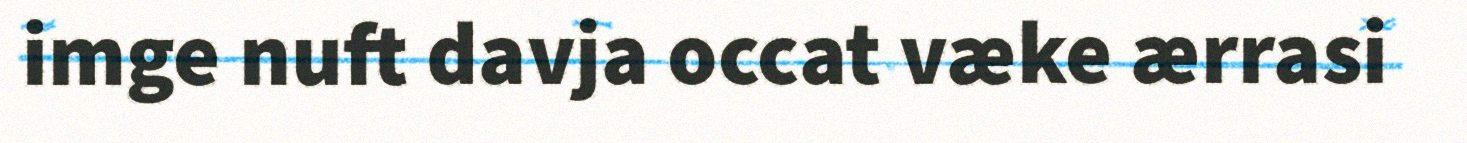
imge nuft davja occat væke ærrasi